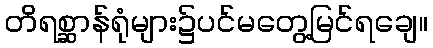
တိရစ္ဆာန်ရုံများ၌ပင်မတွေ့မြင်ရချေ။